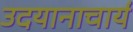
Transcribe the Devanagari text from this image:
उदयानाचार्य